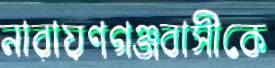
নারায়ণগঞ্জবাসীকে